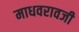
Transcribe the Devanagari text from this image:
माधवरावजी